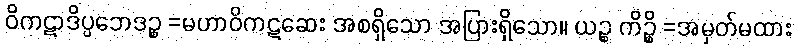
ဝိကဋာဒိပ္ပဘေဒဉ္စ =မဟာဝိကဋဆေး အစရှိသော အပြားရှိသော။ ယဉ္စ ကိဉ္စိ =အမှတ်မထား